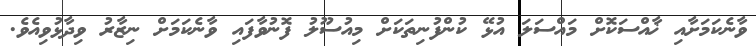
ވާނެކަމަށާއި ޚާއްސަކޮށް މައްސަލަ އުޅޭ ކުންފުނިތަކަށް މިއުސޫލު ފޮނުވާފައި ވާނެކަމަށް ނިޒާރު ވިދާޅުވިއެވެ.